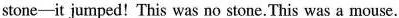
stone--it jumped! This was no stone. This was a mouse.